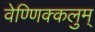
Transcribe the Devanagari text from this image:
वेण्णिक्कलुम्